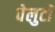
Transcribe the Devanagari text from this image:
वेलुटाॅ